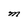
Character: M